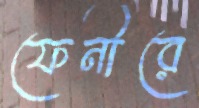
ফেনীরে